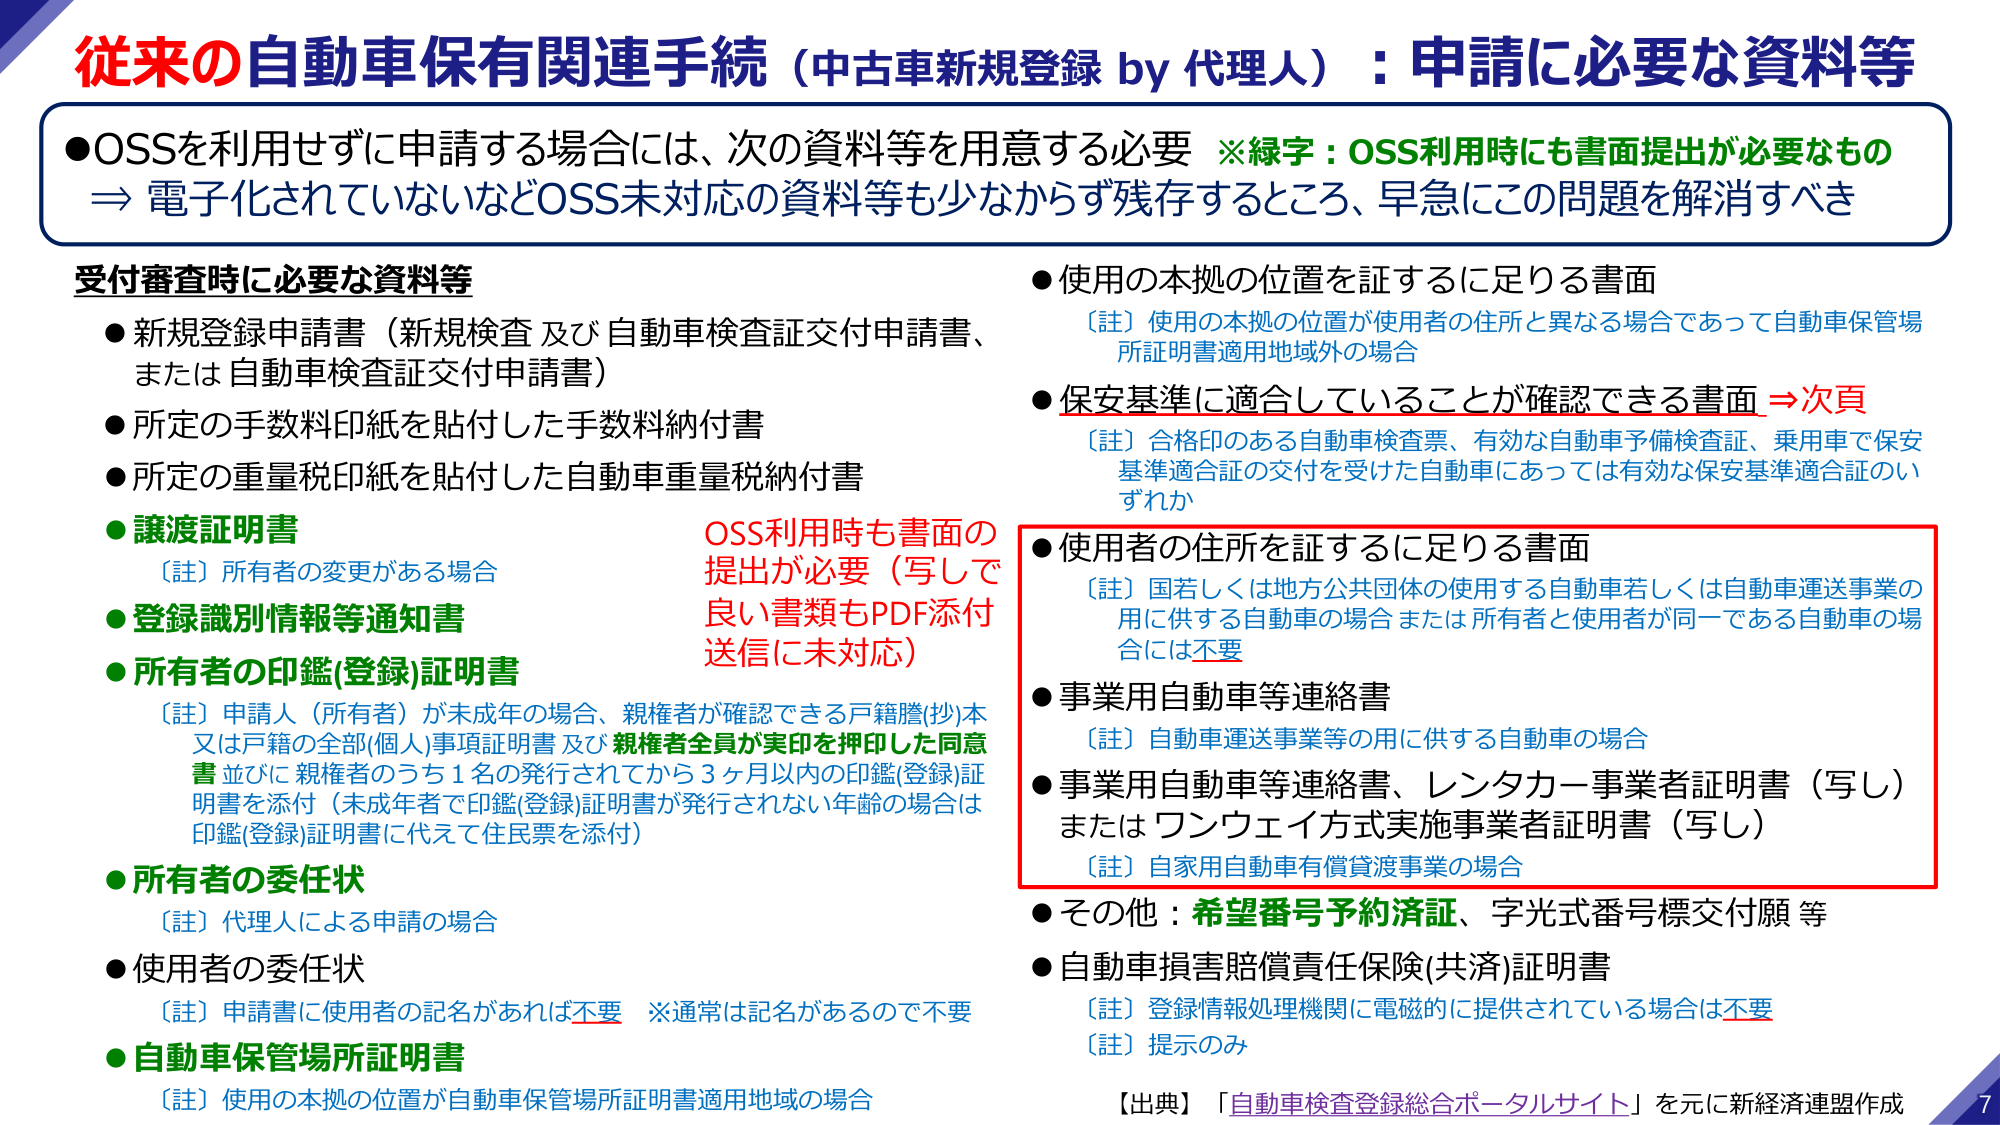
従来の自動車保有関連手続（中古車新規登録 by 代理人）：申請に必要な資料等

●OSSを利用せずに申請する場合には、次の資料等を用意する必要　※緑字：OSS利用時にも書面提出が必要なもの
⇒ 電子化されていないなどOSS未対応の資料等も少なからず残存するところ、早急にこの問題を解消べき

受付審査時に必要な資料等

●新規登録申請書（新規検査及び自動車検査証交付申請書、または自動車検査証交付申請書）
●所定の手数料印紙を貼付した手数料納付書
●所定の重量税印紙を貼付した自動車重量税納付書
●譲渡証明書
　〔註〕所有者の変更がある場合
●登録識別情報等通知書
●所有者の印鑑(登録)証明書
　〔註〕申請人（所有者）が未成年の場合、親権者が確認できる戸籍謄(抄)本又は戸籍の全部(個人)事項証明書及び親権者全員が実印を押印した同意書並びに親権者のうち1名の発行されてから3ヶ月以内の印鑑(登録)証明書を添付（未成年者で印鑑(登録)証明書が発行されない年齢の場合は印鑑(登録)証明書に代えて住民票を添付）
●所有者の委任状
　〔註〕代理人による申請の場合
●使用者の委任状
　〔註〕申請書に使用者の記名があれば不要　※通常は記名があるので不要
●自動車保管場所証明書
　〔註〕使用の本拠の位置が自動車保管場所証明書適用地域の場合

OSS利用時も書面の提出が必要（写しで良い書類もPDF添付送信に未対応）

●使用の本拠の位置を証するに足りる書面
　〔註〕使用の本拠の位置が使用者の住所と異なる場合であって自動車保管場所証明書適用地域外の場合
●保安基準に適合していることが確認できる書面 ⇒次頁
　〔註〕合格印のある自動車検査票、有効な自動車予備検査証、乗用車で保安基準適合証の交付を受けた自動車にあっては有効な保安基準適合証のいずれか
●使用者の住所を証するに足りる書面
　〔註〕国若しくは地方公共団体の使用する自動車若しくは自動車運送事業の用に供する自動車の場合または所有者と使用者が同一である自動車の場合には不要
●事業用自動車等連絡書
　〔註〕自動車運送事業等の用に供する自動車の場合
●事業用自動車等連絡書、レンタカー事業者証明書（写し）またはワンウェイ方式実施事業者証明書（写し）
　〔註〕自家用自動車有償貸渡事業の場合
●その他：希望番号予約済証、字光式番号標交付願等
●自動車損害賠償責任保険(共済)証明書
　〔註〕登録情報処理機関に電磁的に提供されている場合は不要
　〔註〕提示のみ

【出典】「自動車検査登録総合ポータルサイト」を元に新経済連盟作成

7